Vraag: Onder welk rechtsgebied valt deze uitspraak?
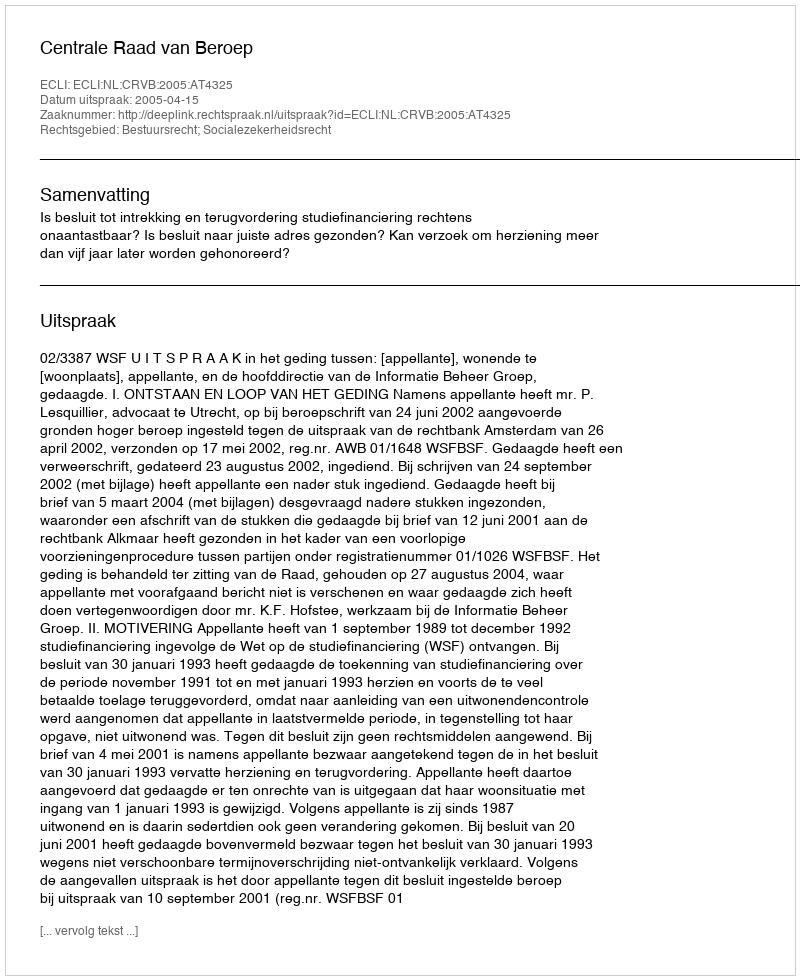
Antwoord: Bestuursrecht; Socialezekerheidsrecht